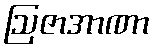
ဩဇာအာဏာ